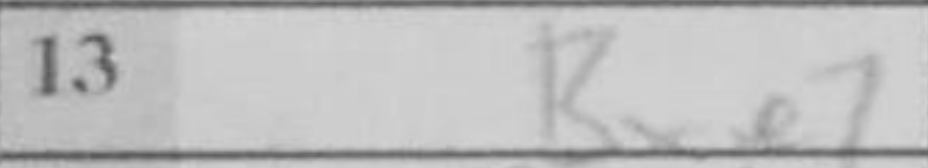
Transcription: Bxe7